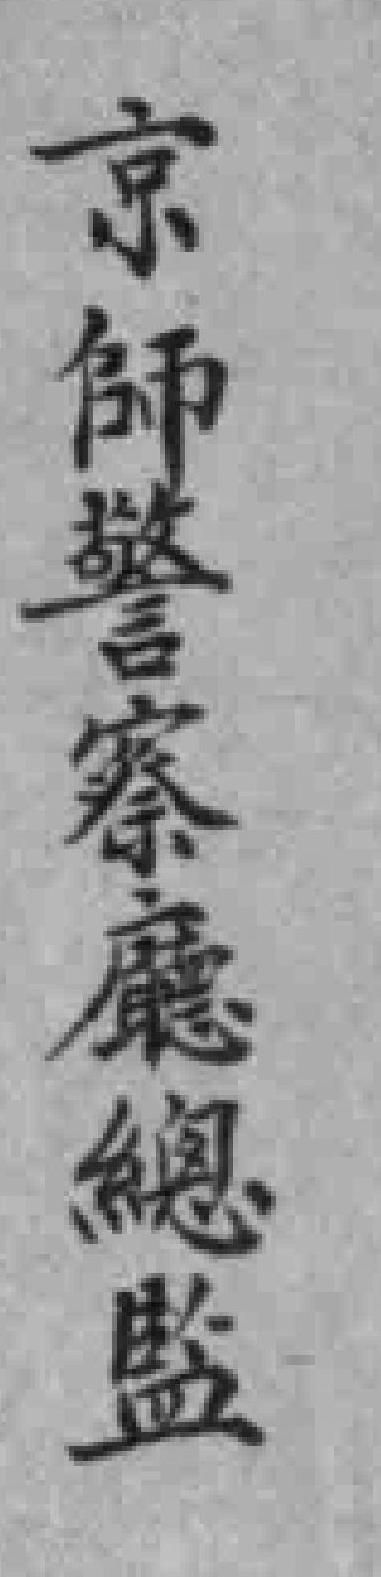
京師警察廳總監